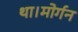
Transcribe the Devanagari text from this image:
था।मोर्गन